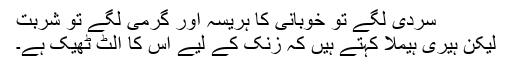
سردی لگے تو خوبانی کا ہریسہ اور گرمی لگے تو شربت
لیکن ہیری ہیملا کہتے ہیں کہ زنک کے لیے اس کا الٹ ٹھیک ہے۔